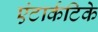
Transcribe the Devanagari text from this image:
एंटार्कटिके